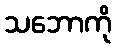
သဘောကို